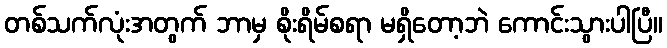
တစ်သက်လုံးအတွက် ဘာမှ စိုးရိမ်စရာ မရှိတော့ဘဲ ကောင်းသွားပါပြီ။